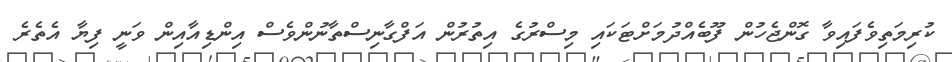
ކުރިމަތިވެފައިވާ ގޮންޖެހުން ފޫބެއްދުމަށްޓަކައި މިސްރުގެ އިތުރުން އަފްގާނިސްތާނުންވެސް އިންޑިއާއިން ވަނީ ފިޔާ އެތެރެ